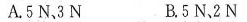
A.5N，3N B.5N2N